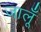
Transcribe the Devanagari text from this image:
जालूँ